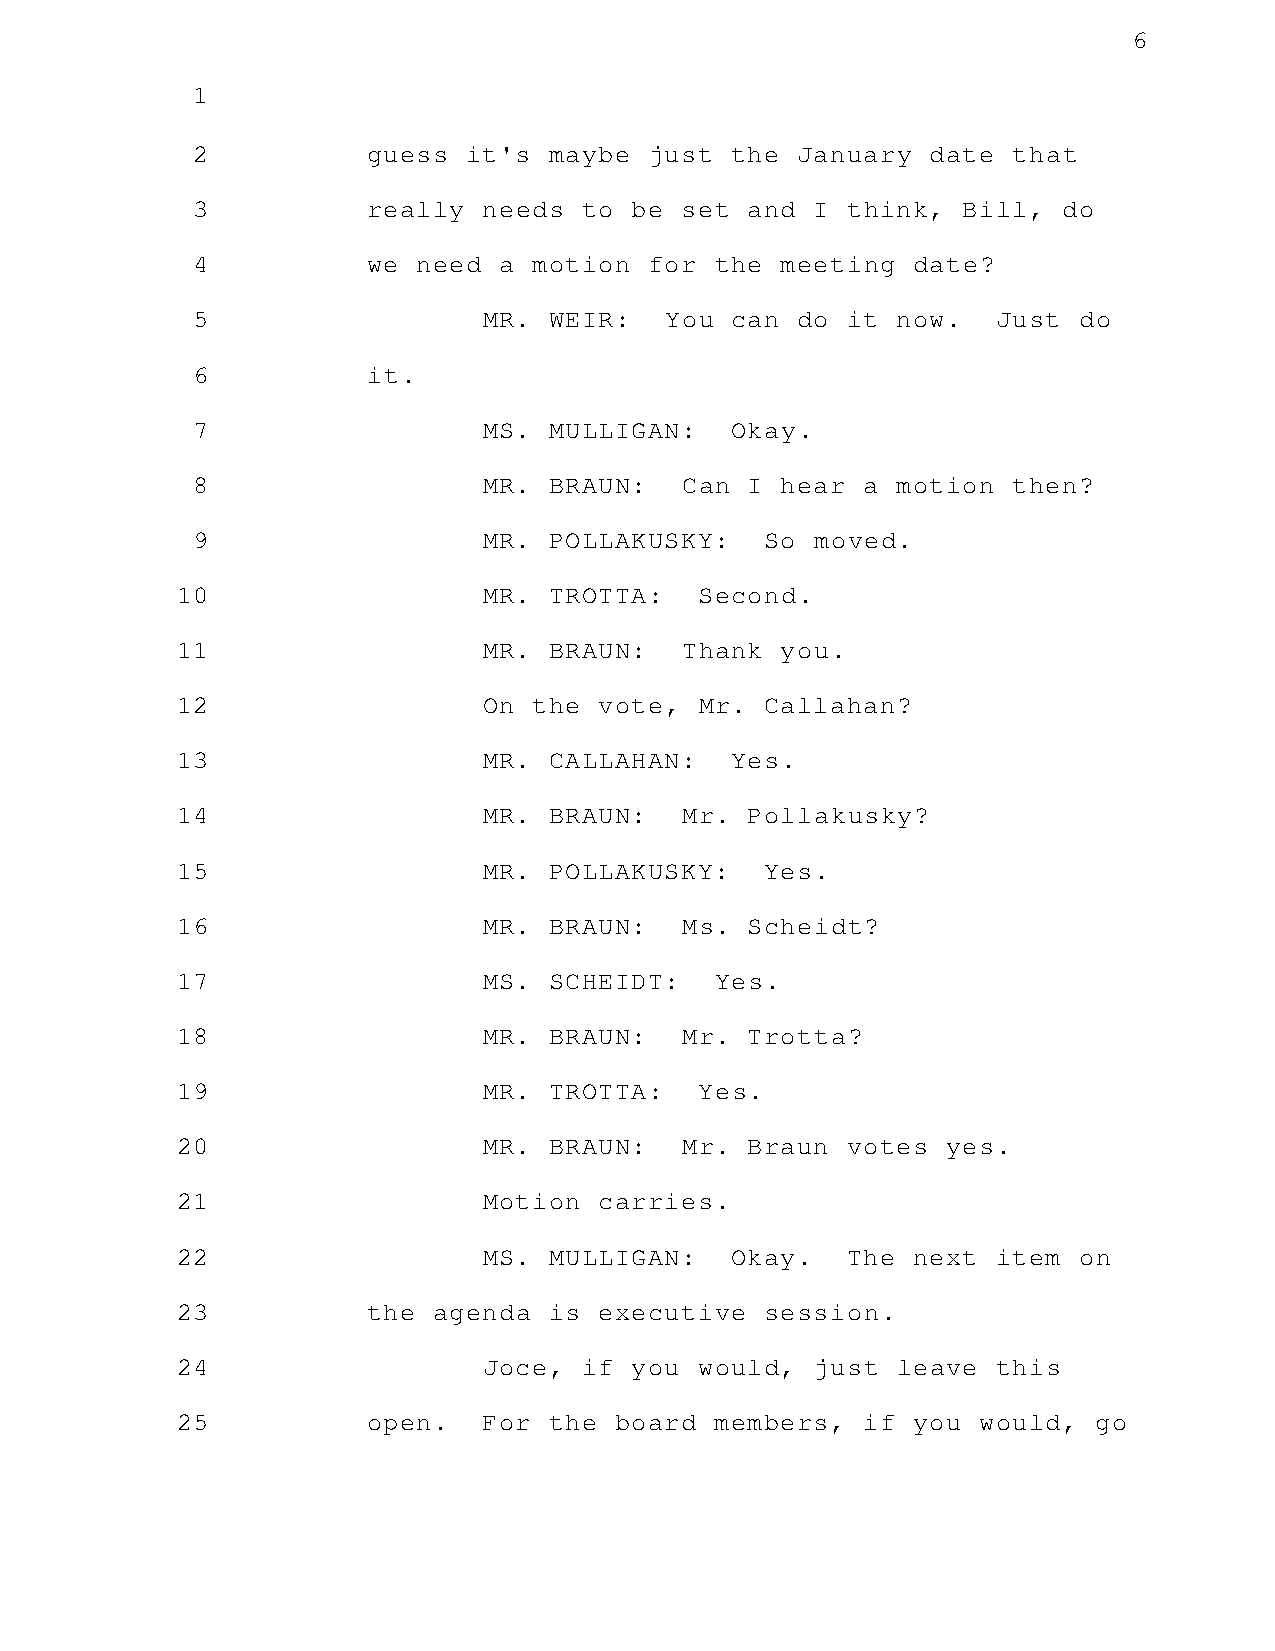
6
 1
 2          guess  it's maybe  just the  January  date that
 3          really  needs  to be set  and I think,  Bill, do
 4          we  need a motion  for the  meeting date?
 5                  MR. WEIR:   You can  do it now.   Just do
 6          it.
 7                  MS. MULLIGAN:   Okay.
 8                  MR. BRAUN:   Can  I hear a motion  then?
 9                  MR. POLLAKUSKY:    So moved.
 10                  MR. TROTTA:   Second.
 11                  MR. BRAUN:   Thank  you.
 12                  On the  vote, Mr.  Callahan?
 13                  MR. CALLAHAN:   Yes.
 14                  MR. BRAUN:   Mr.  Pollakusky?
 15                  MR. POLLAKUSKY:    Yes.
 16                  MR. BRAUN:   Ms.  Scheidt?
 17                  MS. SCHEIDT:   Yes.
 18                  MR. BRAUN:   Mr.  Trotta?
 19                  MR. TROTTA:   Yes.
 20                  MR. BRAUN:   Mr.  Braun votes  yes.
 21                  Motion  carries.
 22                  MS. MULLIGAN:   Okay.   The next  item on
 23          the  agenda is  executive  session.
 24                  Joce,  if you would,  just leave  this
 25          open.   For the  board members,  if you  would,  go